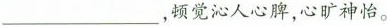
___顿觉沁人心脾，心旷神怡。